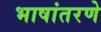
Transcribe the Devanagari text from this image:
भाषांतरणे